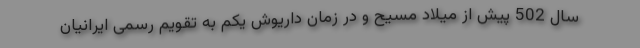
سال 502 پیش از میلاد مسیح و در زمان داریوش یکم به تقویم رسمی ایرانیان